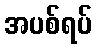
အပစ်ရပ်